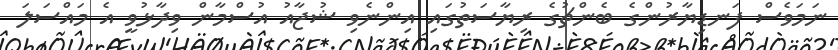
ނަމަވެސް ފަނޑިޔާރުންގެ ބެންޗުގެ ރިޔާސަތުގައި އިންނެވި ޝުޖާއު އުސްމާން ވިދާޅުވީ އެ މައްސަލަ